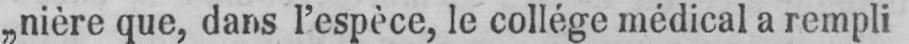
„nière que, dans l’espèce, le collège médical a rempli